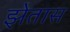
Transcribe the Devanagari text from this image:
झेतास